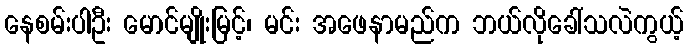
နေစမ်းပါဦး မောင်မျိုးမြင့်၊ မင်း အဖေနာမည်က ဘယ်လိုခေါ်သလဲကွယ့်